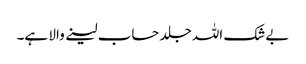
بےشک اللہ جلد حساب لینے والا ہے۔